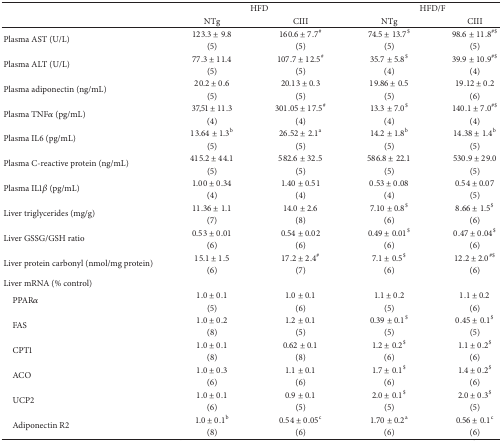
<table><thead><tr><td rowspan="2"><b> </b></td><td colspan="2"><b>HFD</b></td><td colspan="2"><b>HFD/F</b></td></tr><tr><td><b>NTg</b></td><td><b>CIII</b></td><td><b>NTg</b></td><td><b>CIII</b></td></tr></thead><tbody><tr><td rowspan="2">Plasma AST (U/L)</td><td>123.3 ± 9.8</td><td>160.6 ± 7.7<sup>#</sup></td><td>74.5 ± 13.7<sup>$</sup></td><td>98.6 ± 11.8<sup>#$</sup></td></tr><tr><td>(5)</td><td>(5)</td><td>(5)</td><td>(5)</td></tr><tr><td rowspan="2">Plasma ALT (U/L)</td><td>77.3 ± 11.4</td><td>107.7 ± 12.5<sup>#</sup></td><td>35.7 ± 5.8<sup>$</sup></td><td>39.9 ± 10.9<sup>#$</sup></td></tr><tr><td>(5)</td><td>(5)</td><td>(4)</td><td>(4)</td></tr><tr><td rowspan="2">Plasma adiponectin (ng/mL)</td><td>20.2 ± 0.6</td><td>20.13 ± 0.3</td><td>19.86 ± 0.5</td><td>19.12 ± 0.2</td></tr><tr><td>(5)</td><td>(5)</td><td>(5)</td><td>(6)</td></tr><tr><td rowspan="2">Plasma TNF<i>α</i> (pg/mL)</td><td>37,51 ± 11.3</td><td>301.05 ± 17.5<sup>#</sup></td><td>13.3 ± 7.0<sup>$</sup></td><td>140.1 ± 7.0<sup>#$</sup></td></tr><tr><td>(4)</td><td>(4)</td><td>(4)</td><td>(4)</td></tr><tr><td rowspan="2">Plasma IL6 (pg/mL)</td><td>13.64 ± 1.3<sup>b</sup></td><td>26.52 ± 2.1<sup>a</sup></td><td>14.2 ± 1.8<sup>b</sup></td><td>14.38 ± 1.4<sup>b</sup></td></tr><tr><td>(5)</td><td>(5)</td><td>(5)</td><td>(5)</td></tr><tr><td rowspan="2">Plasma C-reactive protein (ng/mL)</td><td>415.2 ± 44.1</td><td>582.6 ± 32.5</td><td>586.8 ± 22.1</td><td>530.9 ± 29.0</td></tr><tr><td>(5)</td><td>(5)</td><td>(5)</td><td>(5)</td></tr><tr><td rowspan="2">Plasma IL1<i>β</i> (pg/mL)</td><td>1.00 ± 0.34</td><td>1.40 ± 0.51</td><td>0.53 ± 0.08</td><td>0.54 ± 0.07</td></tr><tr><td>(4)</td><td>(4)</td><td>(4)</td><td>(5)</td></tr><tr><td rowspan="2">Liver triglycerides (mg/g)</td><td>11.36 ± 1.1</td><td>14.0 ± 2.6</td><td>7.10 ± 0.8<sup>$</sup></td><td>8.66 ± 1.5<sup>$</sup></td></tr><tr><td>(7)</td><td>(8)</td><td>(6)</td><td>(6)</td></tr><tr><td rowspan="2">Liver GSSG/GSH ratio</td><td>0.53 ± 0.01</td><td>0.54 ± 0.02</td><td>0.49 ± 0.01<sup>$</sup></td><td>0.47 ± 0.04<sup>$</sup></td></tr><tr><td>(6)</td><td>(6)</td><td>(6)</td><td>(6)</td></tr><tr><td rowspan="2">Liver protein carbonyl (nmol/mg protein)</td><td>15.1 ± 1.5</td><td>17.2 ± 2.4<sup>#</sup></td><td>7.1 ± 0.5<sup>$</sup></td><td>12.2 ± 2.0<sup>#$</sup></td></tr><tr><td>(6)</td><td>(7)</td><td>(6)</td><td>(6)</td></tr><tr><td>Liver mRNA (% control)</td><td> </td><td> </td><td> </td><td> </td></tr><tr><td rowspan="2"> PPAR<i>α</i></td><td>1.0 ± 0.1</td><td>1.0 ± 0.1</td><td>1.1 ± 0.2</td><td>1.1 ± 0.2</td></tr><tr><td>(5)</td><td>(6)</td><td>(5)</td><td>(6)</td></tr><tr><td rowspan="2"> FAS</td><td>1.0 ± 0.2</td><td>1.2 ± 0.1</td><td>0.39 ± 0.1<sup>$</sup></td><td>0.45 ± 0.1<sup>$</sup></td></tr><tr><td>(8)</td><td>(5)</td><td>(5)</td><td>(5)</td></tr><tr><td rowspan="2"> CPT1</td><td>1.0 ± 0.1</td><td>0.62 ± 0.1</td><td>1.2 ± 0.2<sup>$</sup></td><td>1.1 ± 0.2<sup>$</sup></td></tr><tr><td>(8)</td><td>(8)</td><td>(6)</td><td>(6)</td></tr><tr><td rowspan="2"> ACO</td><td>1.0 ± 0.3</td><td>1.1 ± 0.1</td><td>1.7 ± 0.1<sup>$</sup></td><td>1.4 ± 0.2<sup>$</sup></td></tr><tr><td>(6)</td><td>(6)</td><td>(6)</td><td>(6)</td></tr><tr><td rowspan="2"> UCP2</td><td>1.0 ± 0.1</td><td>0.9 ± 0.1</td><td>2.0 ± 0.1<sup>$</sup></td><td>2.0 ± 0.3<sup>$</sup></td></tr><tr><td>(6)</td><td>(5)</td><td>(5)</td><td>(5)</td></tr><tr><td rowspan="2"> Adiponectin R2</td><td>1.0 ± 0.1<sup>b</sup></td><td>0.54 ± 0.05<sup>c</sup></td><td>1.70 ± 0.2<sup>a</sup></td><td>0.56 ± 0.1<sup>c</sup></td></tr><tr><td>(8)</td><td>(6)</td><td>(6)</td><td>(6)</td></tr></tbody></table>